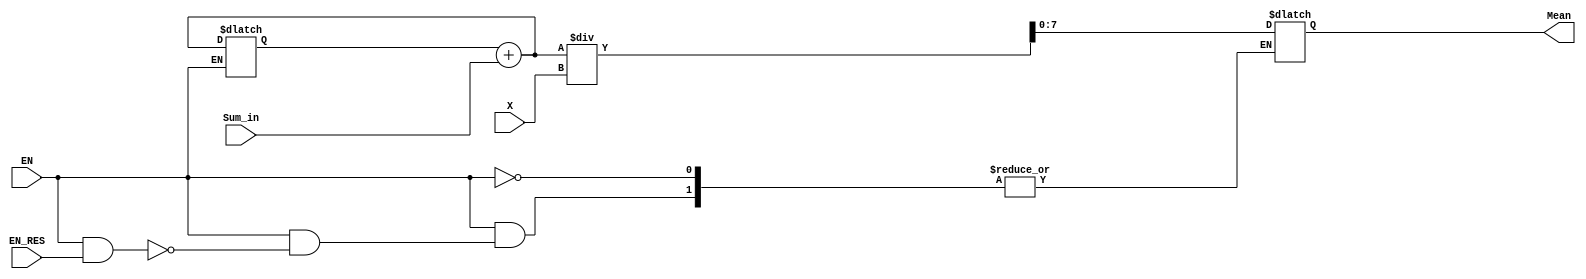
module Mean_Array(
	input wire EN,
	input wire EN_RES,
	input wire [9:0]X,
	input wire [7:0]Sum_in,
	
	output reg [7:0]Mean);
	
reg [16:0]SUM;
	
always @(X, Sum_in)
	begin
		if (EN == 1)
		begin
			SUM = SUM + Sum_in;
			if ((EN == 1)&&(EN_RES == 1))
			Mean = SUM / X;
		end
	end
	
endmodule